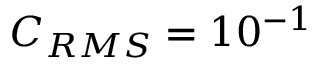
C _ { R M S } = 1 0 ^ { - 1 }